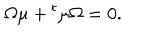
\Omega \mu + { } ^ { t } \mu \Omega = 0 .